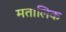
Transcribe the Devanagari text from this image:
मतालिक